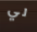
لي